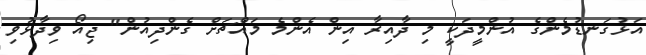
އަޅުގަނޑުމެންގެ އުންމީދަކީ މި ދާއިރާ އިން އެންމެ މައްޗަށް ގެންދިއުން" ޖިއޯ ވިދާޅުވި